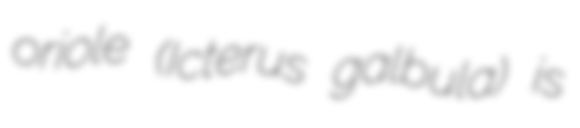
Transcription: oriole (Icterus galbula) is